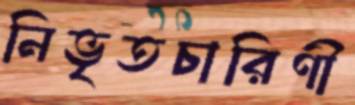
নিভৃতচারিণী